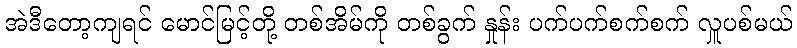
အဲဒီတော့ကျရင် မောင်မြင့်တို့ တစ်အိမ်ကို တစ်ခွက် နှုန်း ပက်ပက်စက်စက် လှူပစ်မယ်